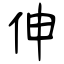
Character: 伸